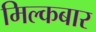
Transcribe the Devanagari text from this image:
मिल्कबार